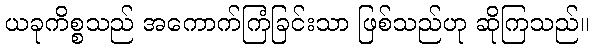
ယခုကိစ္စသည် အကောက်ကြံခြင်းသာ ဖြစ်သည်ဟု ဆိုကြသည်။